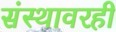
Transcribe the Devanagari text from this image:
संस्थावरही